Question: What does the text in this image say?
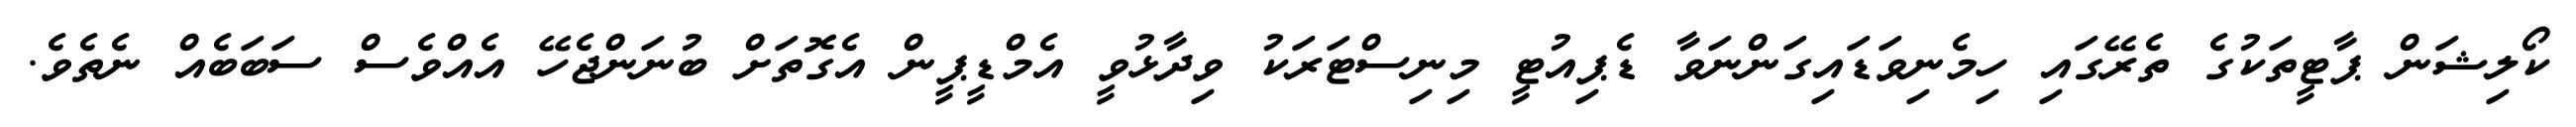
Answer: ކޯލިޝަން ޕާޓީތަކުގެ ތެރޭގައި ހިމެނިވަޑައިގަންނަވާ ޑެޕިއުޓީ މިނިސްޓަރަކު ވިދާޅުވީ އެމްޑީޕީން އެގޮތަށް ބުނަންޖެހޭ އެއްވެސް ސަބަބެއް ނެތެވެ.